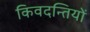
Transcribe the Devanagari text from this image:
किवदन्तियों